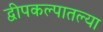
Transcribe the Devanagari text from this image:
द्वीपकल्पातल्या